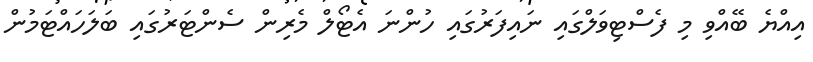
އިއްޔެ ބޭއްވި މި ފެސްޓިވަލްގައި ނައިފަރުގައި ހުންނަ އެޓޯލް މެރިން ސެންޓަރުގައި ބަލަހައްޓަމުން